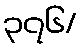
၃၇၆/